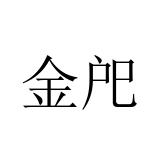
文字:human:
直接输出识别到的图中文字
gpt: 金戺